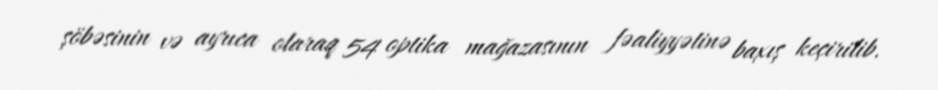
şöbəsinin və ayrıca olaraq 54 optika mağazasının fəaliyyətinə baxış keçirilib.